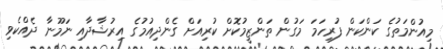
މިއުންމަތުގެ ކަންކަން ފުރިހަމަ މަގުން ތަންޒީމުކޮށް ކުރިއަށް ގެންދިއުމުގެ އިރުޝާދާއި ނަމޫނާ ދެއްކެވި